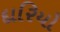
દારિયો